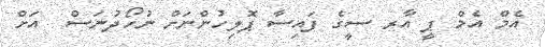
އެމް އެމް ޕީ އާރ ސީގެ ފައިސާ ޕޮލިހުންނަށް ނުހޯދުނަސް  އަށް